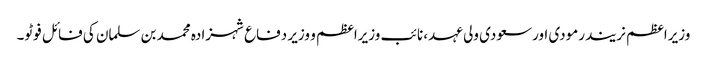
وزیراعظم نریندرمودی اورسعودی ولی عہد، نائب وزیراعظم و وزیر دفاع شہزادہ محمد بن سلمان کی فائل فوٹو۔